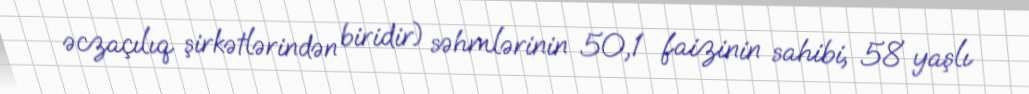
əczaçılıq şirkətlərindən biridir) səhmlərinin 50,1 faizinin sahibi, 58 yaşlı